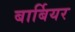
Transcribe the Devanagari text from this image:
बार्बियर